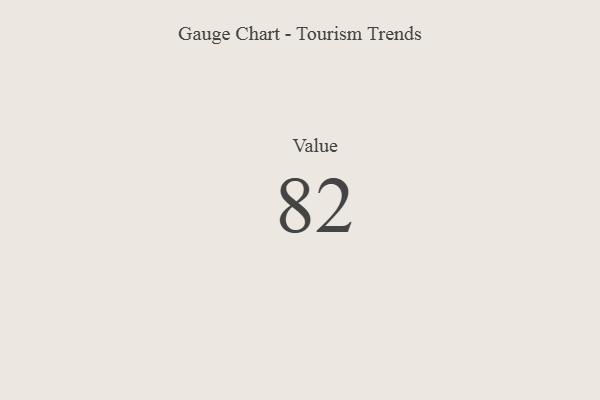
{"axis": {"x": "Metric", "y": "Value"}, "legend": [""], "data": [{"x": "Value", "y": 82, "type": ""}]}